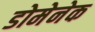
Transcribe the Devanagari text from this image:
डोमेनेक